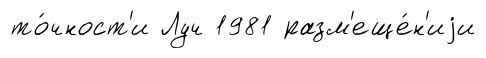
то́чност'и Луч 1981 разм'еще́н'иjи